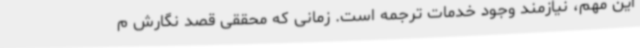
این مهم، نیازمند وجود خدمات ترجمه است. زمانی که محققی قصد نگارش م